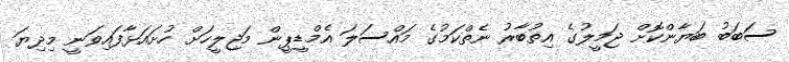
ސަބަބު ބަޔާންކޮށް ޖަމީލުގެ އިތުބާރު ނެތްކަމުގެ މައްސަލަ އެމްޑީޕީން މަޖިލީހަށް ހުށައަޅާފައިވަނީ މިދިޔަ